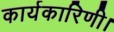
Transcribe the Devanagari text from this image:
कार्यकारिणी।